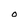
Character: O